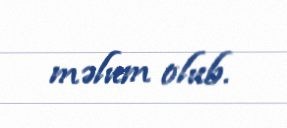
məlum olub.